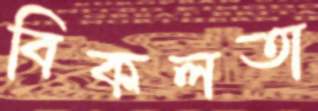
বিকলতা